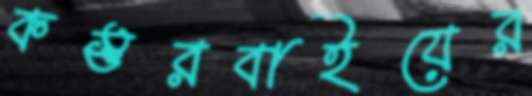
কস্তুরবাইয়ের